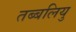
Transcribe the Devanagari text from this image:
तब्बलियु